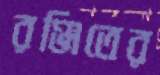
রঞ্জিতের